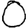
Digit: 0